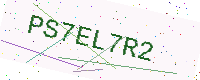
Text: PS7EL7R2